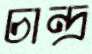
চান্দ্র